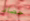
حصاد